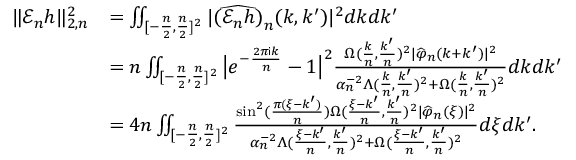
\begin{array} { r l } { \| \mathscr { E } _ { n } h \| _ { 2 , n } ^ { 2 } } & { = \iint _ { [ - \frac { n } { 2 } , \frac { n } { 2 } ] ^ { 2 } } | \widehat { ( \mathscr { E } _ { n } h ) } _ { n } ( k , k ^ { \prime } ) | ^ { 2 } d k d k ^ { \prime } } \\ & { = n \iint _ { [ - \frac { n } { 2 } , \frac { n } { 2 } ] ^ { 2 } } \big | e ^ { - \frac { 2 \pi \mathsf { i } k } { n } } - 1 \big | ^ { 2 } \frac { \Omega ( \frac { k } { n } , \frac { k ^ { \prime } } { n } ) ^ { 2 } | \widehat { \varphi } _ { n } ( k + k ^ { \prime } ) | ^ { 2 } } { \alpha _ { n } ^ { - 2 } \Lambda ( \frac { k } { n } , \frac { k ^ { \prime } } { n } ) ^ { 2 } + \Omega ( \frac { k } { n } , \frac { k ^ { \prime } } { n } ) ^ { 2 } } d k d k ^ { \prime } } \\ & { = 4 n \iint _ { [ - \frac { n } { 2 } , \frac { n } { 2 } ] ^ { 2 } } \frac { \sin ^ { 2 } ( \frac { \pi ( \xi - k ^ { \prime } ) } { n } ) \Omega ( \frac { \xi - k ^ { \prime } } { n } , \frac { k ^ { \prime } } { n } ) ^ { 2 } | \widehat { \varphi } _ { n } ( \xi ) | ^ { 2 } } { \alpha _ { n } ^ { - 2 } \Lambda ( \frac { \xi - k ^ { \prime } } { n } , \frac { k ^ { \prime } } { n } ) ^ { 2 } + \Omega ( \frac { \xi - k ^ { \prime } } { n } , \frac { k ^ { \prime } } { n } ) ^ { 2 } } d \xi d k ^ { \prime } . } \end{array}